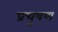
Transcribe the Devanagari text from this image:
प्रचूषण